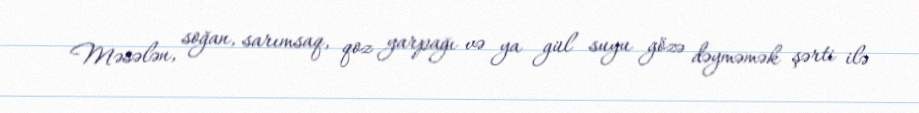
Məsələn, soğan, sarımsaq, qoz yarpağı və ya gül suyu gözə dəyməmək şərti ilə